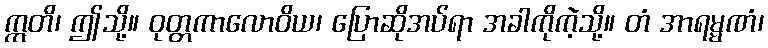
ဣတိ၊ ဤသို့။ ဝုတ္တကာလောဝိယ၊ ပြောဆိုအပ်ရာ အခါကိုကဲ့သို့။ တံ အာရမ္မဏံ၊